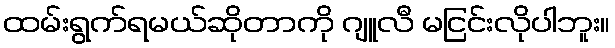
ထမ်းရွက်ရမယ်ဆိုတာကို ဂျူလီ မငြင်းလိုပါဘူး။